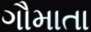
ગૌમાતા